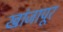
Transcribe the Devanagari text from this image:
खांजापूर